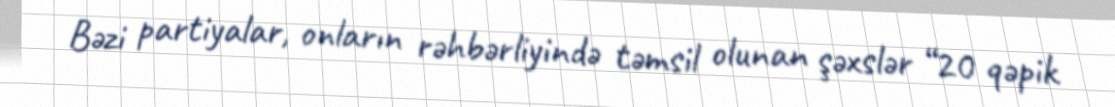
Bəzi partiyalar, onların rəhbərliyində təmsil olunan şəxslər “20 qəpik